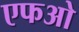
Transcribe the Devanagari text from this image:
एफओ